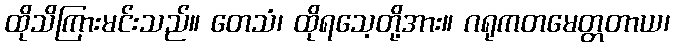
ထိုသိကြားမင်းသည်။ တေသံ၊ ထိုရသေ့တို့အား။ ဂရုကတမေတ္တတာယ၊